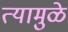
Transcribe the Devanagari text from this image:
त्यामुळे